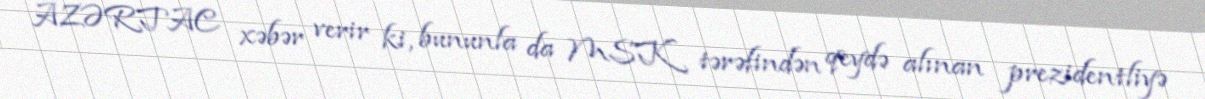
AZƏRTAC xəbər verir ki, bununla da MSK tərəfindən qeydə alınan prezidentliyə